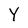
Character: Y